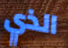
الذي